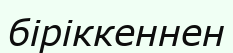
біріккеннен